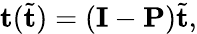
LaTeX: \mathbf{t}(\tilde{\mathbf{t}})=(\mathbf{I}-\mathbf{P})\tilde{\mathbf{t}},